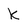
Character: K